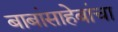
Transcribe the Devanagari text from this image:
बाबांसाहेबांचा